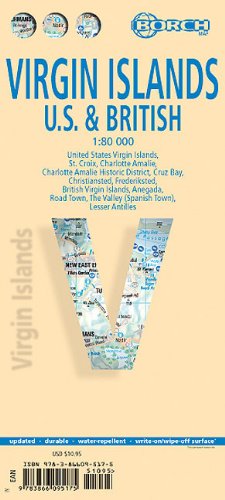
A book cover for Laminated Virgin Islands (U.S. & British) Map by Borch (English Edition); Borch; Travel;